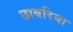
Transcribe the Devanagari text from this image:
छाबरिया